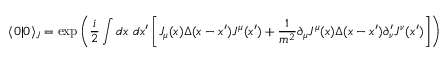
\langle 0 | 0 \rangle _ { J } = \exp { \left( { \frac { i } { 2 } } \int d x ~ d x ^ { \prime } \left[ J _ { \mu } ( x ) \Delta ( x - x ^ { \prime } ) J ^ { \mu } ( x ^ { \prime } ) + { \frac { 1 } { m ^ { 2 } } } \partial _ { \mu } J ^ { \mu } ( x ) \Delta ( x - x ^ { \prime } ) \partial _ { \nu } ^ { \prime } J ^ { \nu } ( x ^ { \prime } ) \right] \right) }